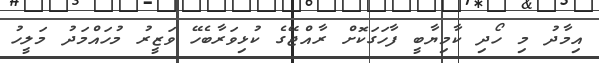
އިމާދު މި ހޯދި ކާމިޔާބީ ފާހަގަކޮށް ރާއްޖޭގެ ކުޅިވަރާބެހޭ ވަޒީރު މުހައްމަދު މަލީހު